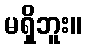
မရှိဘူး။